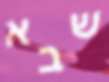
שבא